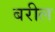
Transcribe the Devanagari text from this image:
बरील